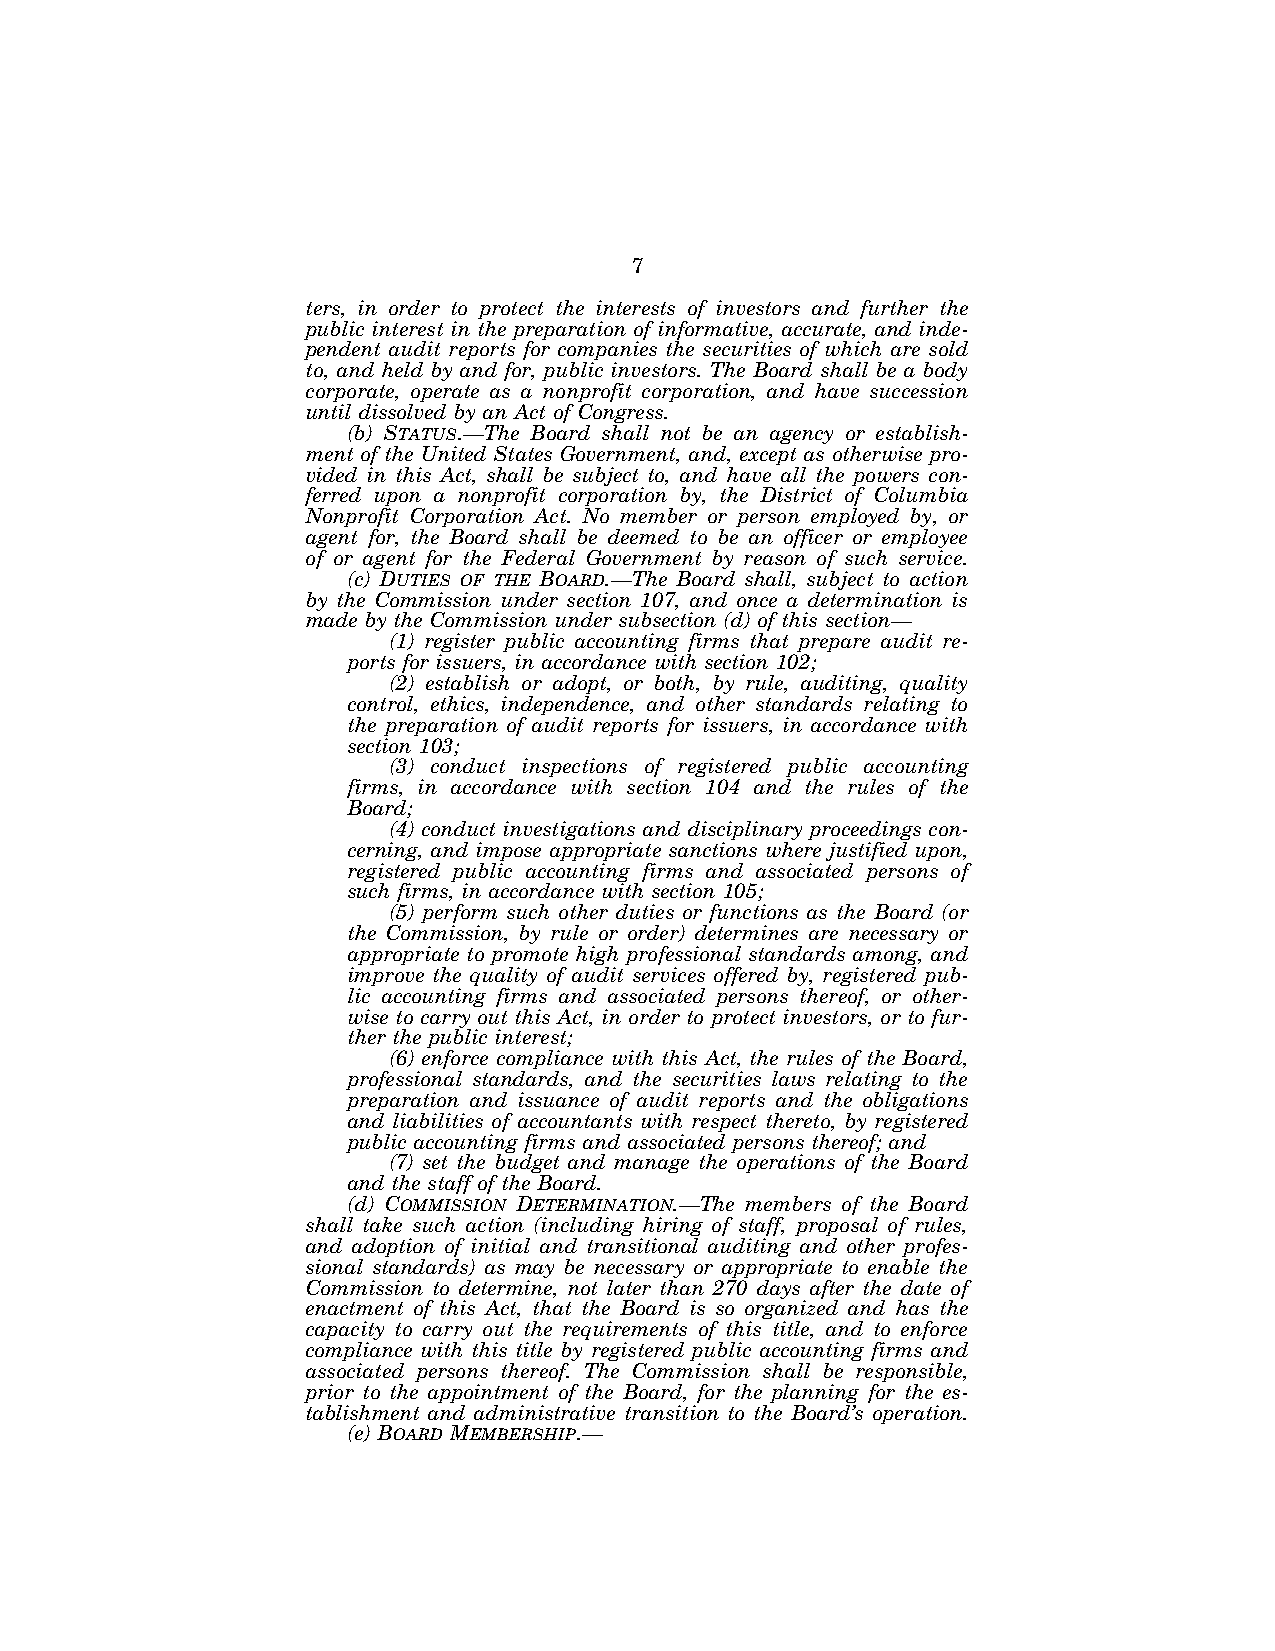
7
 ters, in order to protect the interests of investors and further the
 public interest in the preparation of informative, accurate, and inde-
 pendent audit reports for companies the securities of which are sold
 to, and held by and for, public investors. The Board shall be a body
 corporate, operate as a nonprofit corporation, and have succession
 until dissolved by an Act of Congress.
 (b) STATUS.—The Board shall not be an agency or establish-
 ment of the United States Government, and, except as otherwise pro-
 vided in this Act, shall be subject to, and have all the powers con-
 ferred upon a nonprofit corporation by, the District of Columbia
 Nonprofit Corporation Act. No member or person employed by, or
 agent for, the Board shall be deemed to be an officer or employee
 of or agent for the Federal Government by reason of such service.
 (c) DUTIES OF THE BOARD.—The Board shall, subject to action
 by the Commission under section 107, and once a determination is
 made by the Commission under subsection (d) of this section—
 (1) register public accounting firms that prepare audit re-
 ports for issuers, in accordance with section 102;
 (2) establish or adopt, or both, by rule, auditing, quality
 control, ethics, independence, and other standards relating to
 the preparation of audit reports for issuers, in accordance with
 section 103;
 (3) conduct inspections of registered public accounting
 firms, in accordance with section 104 and the rules of the
 Board;
 (4) conduct investigations and disciplinary proceedings con-
 cerning, and impose appropriate sanctions where justified upon,
 registered public accounting firms and associated persons of
 such firms, in accordance with section 105;
 (5) perform such other duties or functions as the Board (or
 the Commission, by rule or order) determines are necessary or
 appropriate to promote high professional standards among, and
 improve the quality of audit services offered by, registered pub-
 lic accounting firms and associated persons thereof, or other-
 wise to carry out this Act, in order to protect investors, or to fur-
 ther the public interest;
 (6) enforce compliance with this Act, the rules of the Board,
 professional standards, and the securities laws relating to the
 preparation and issuance of audit reports and the obligations
 and liabilities of accountants with respect thereto, by registered
 public accounting firms and associated persons thereof; and
 (7) set the budget and manage the operations of the Board
 and the staff of the Board.
 (d) COMMISSION DETERMINATION.—The members of the Board
 shall take such action (including hiring of staff, proposal of rules,
 and adoption of initial and transitional auditing and other profes-
 sional standards) as may be necessary or appropriate to enable the
 Commission to determine, not later than 270 days after the date of
 enactment of this Act, that the Board is so organized and has the
 capacity to carry out the requirements of this title, and to enforce
 compliance with this title by registered public accounting firms and
 associated persons thereof. The Commission shall be responsible,
 prior to the appointment of the Board, for the planning for the es-
 tablishment and administrative transition to the Board’s operation.
 (e) BOARD MEMBERSHIP.—
 VerDate Jul 19 2002 16:35 Jul 25, 2002 Jkt 080361 PO 00000 Frm 00007 Fmt 6659 Sfmt 6603 E:\HR\OC\HR610.XXX pfrm15 PsN: HR610